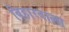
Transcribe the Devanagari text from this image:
बिहारवाला